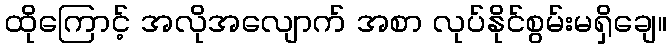
ထိုကြောင့် အလိုအလျောက် အစာ လုပ်နိုင်စွမ်းမရှိချေ။